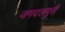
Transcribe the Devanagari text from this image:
जगदलपुरी